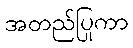
အတည်ပြုကာ